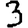
Digit: 3